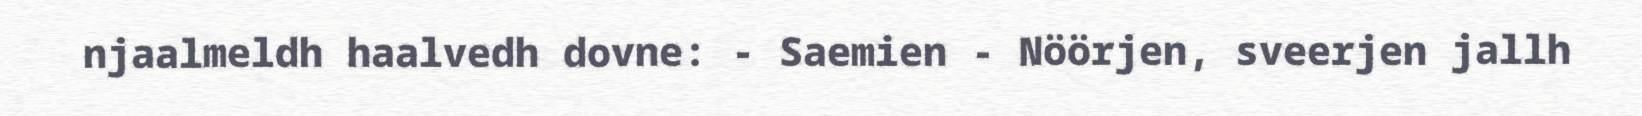
njaalmeldh haalvedh dovne: - Saemien - Nöörjen, sveerjen jallh